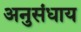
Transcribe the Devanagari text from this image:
अनुसंधाय